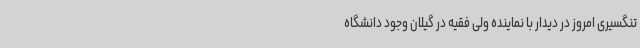
تنگسیری امروز در دیدار با نماینده ولی فقیه در گیلان وجود دانشگاه